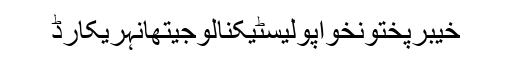
خیبرپختونخواپولیسٹیکنالوجیتھانہریکارڈ